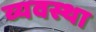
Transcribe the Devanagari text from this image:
व्यवस्था